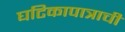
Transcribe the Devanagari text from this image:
घटिकापात्राची